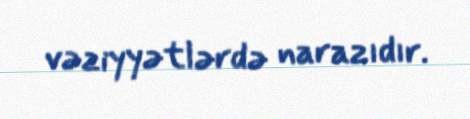
vəziyyətlərdə narazıdır.